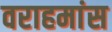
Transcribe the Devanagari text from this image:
वराहमांस